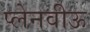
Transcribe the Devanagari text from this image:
प्लेनवीऊ